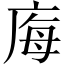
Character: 𭙝